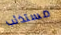
مستذئب